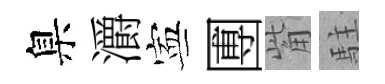
臬灂寕圑觜駐